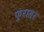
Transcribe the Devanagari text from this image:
फ़्रासर